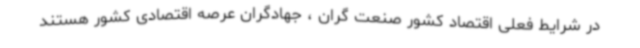
در شرایط فعلی اقتصاد کشور صنعت گران ، جهادگران عرصه اقتصادی کشور هستند